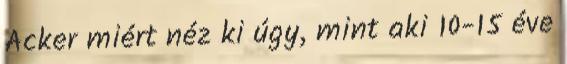
Acker miért néz ki úgy, mint aki 10-15 éve